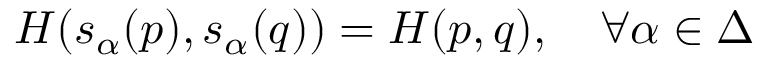
{ \cal H } ( s _ { \alpha } ( p ) , s _ { \alpha } ( q ) ) = { \cal H } ( p , q ) , \quad \forall \alpha \in \Delta